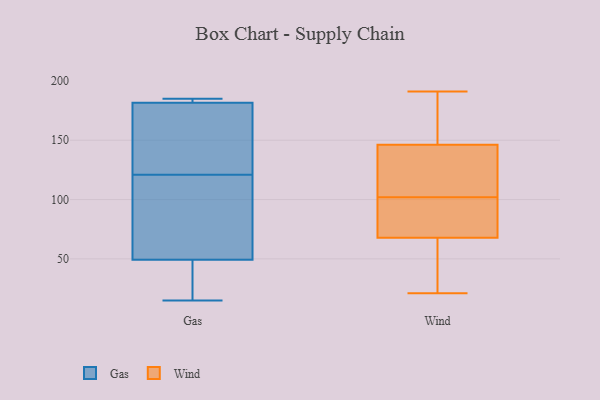
{"axis": {"x": "Revenue (USD Million)", "y": "Value"}, "legend": ["Gas", "Wind"], "data": [{"x": "", "y": 19, "type": "Gas"}, {"x": "", "y": 47, "type": "Gas"}, {"x": "", "y": 71, "type": "Gas"}, {"x": "", "y": 185, "type": "Gas"}, {"x": "", "y": 182, "type": "Gas"}, {"x": "", "y": 180, "type": "Gas"}, {"x": "", "y": 56, "type": "Gas"}, {"x": "", "y": 121, "type": "Gas"}, {"x": "", "y": 184, "type": "Gas"}, {"x": "", "y": 142, "type": "Gas"}, {"x": "", "y": 15, "type": "Gas"}, {"x": "", "y": 103, "type": "Wind"}, {"x": "", "y": 102, "type": "Wind"}, {"x": "", "y": 144, "type": "Wind"}, {"x": "", "y": 147, "type": "Wind"}, {"x": "", "y": 191, "type": "Wind"}, {"x": "", "y": 85, "type": "Wind"}, {"x": "", "y": 21, "type": "Wind"}, {"x": "", "y": 88, "type": "Wind"}, {"x": "", "y": 62, "type": "Wind"}, {"x": "", "y": 156, "type": "Wind"}, {"x": "", "y": 56, "type": "Wind"}]}